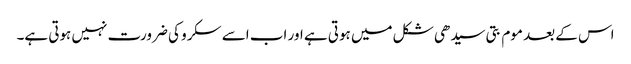
اس کے بعد موم بتی سیدھی شکل میں ہوتی ہے اور اب اسے سکرو کی ضرورت نہیں ہوتی ہے۔